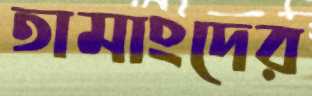
তামাংদের